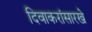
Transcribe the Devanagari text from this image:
दिवाकरांसारखे